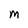
Character: M